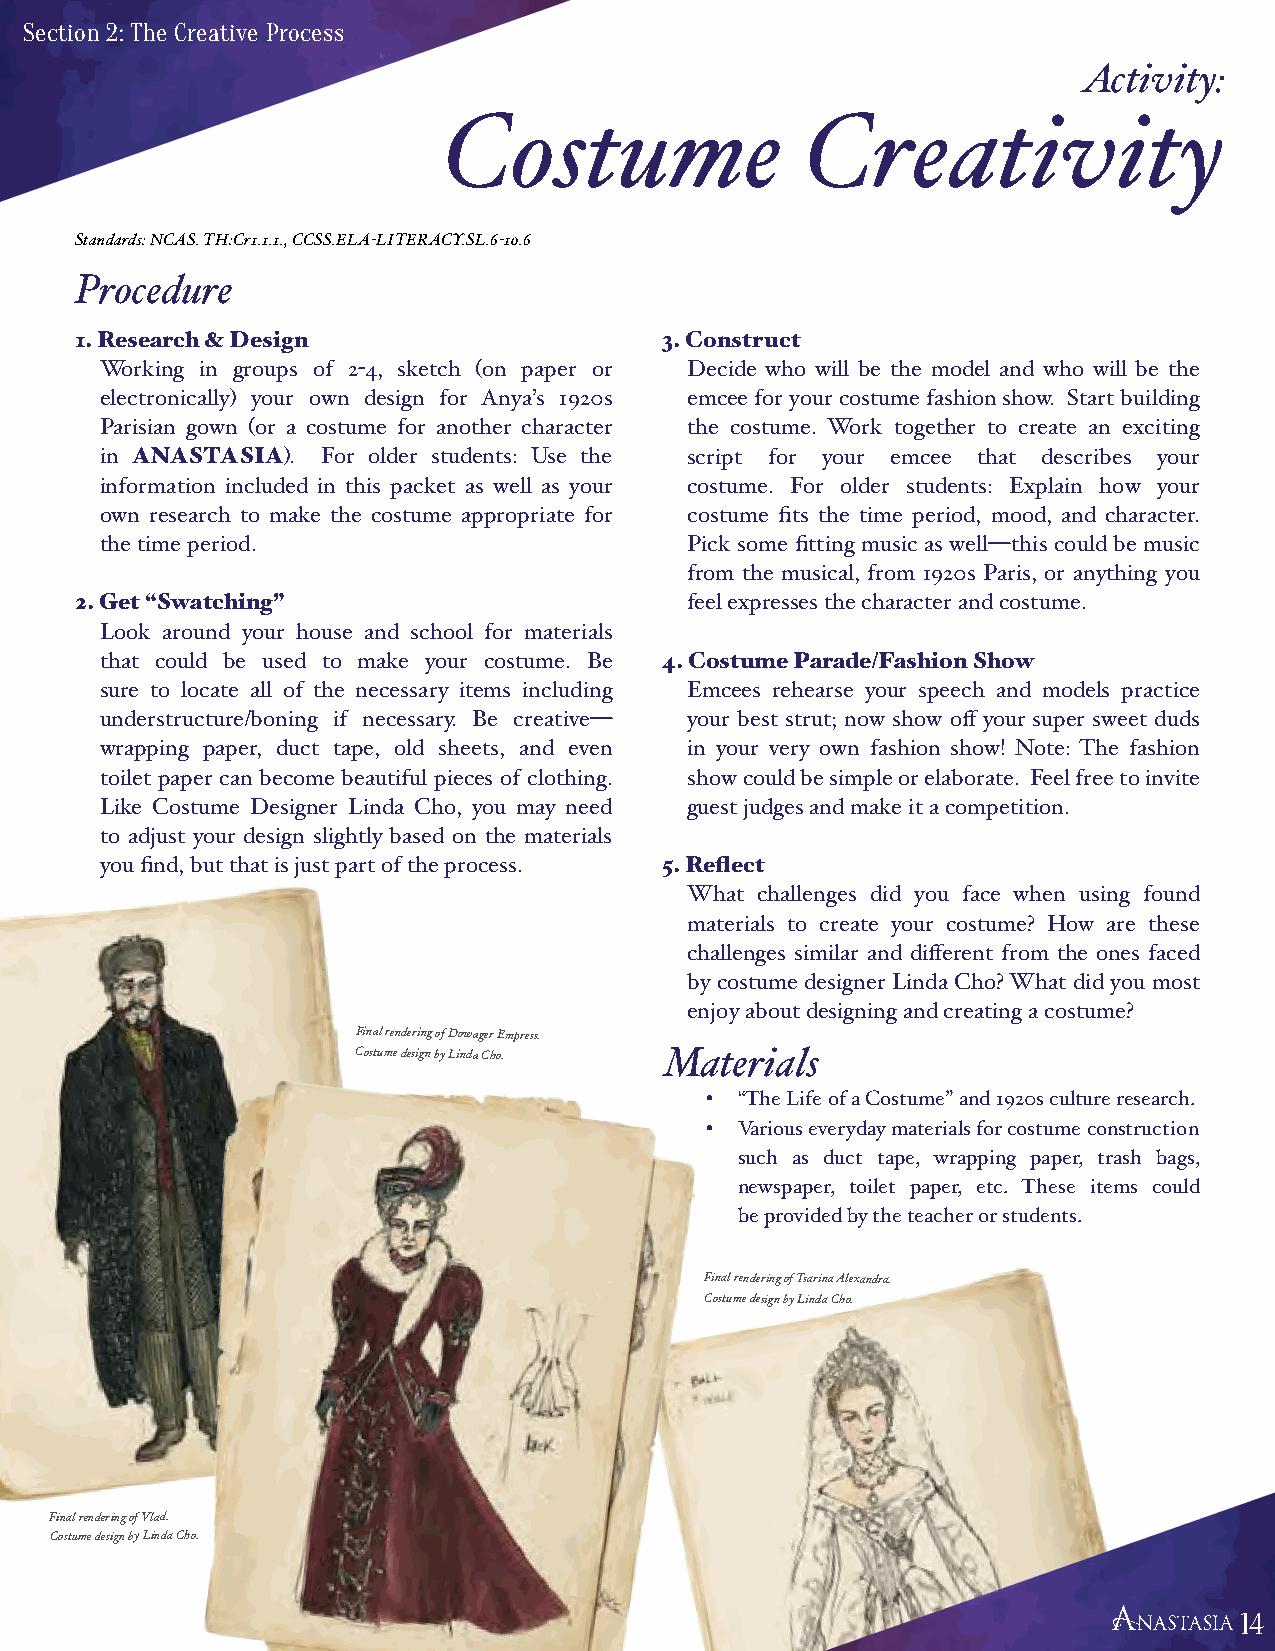
Section 2: The Creative Process
 Activity:
 Costume                 Creativity
 Standards: NCAS. TH:Cr1.1.1., CCSS.ELA-LITERACY.SL.6-10.6
 Procedure
 1. Research & Design                   3. Construct
 Working in groups of 2-4, sketch (on paper or Decide who will be the model and who will be the
 electronically) your own design for Anya’s 1920s emcee for your costume fashion show. Start building
 Parisian gown (or a costume for another character the costume. Work together to create an exciting
 in ANASTASIA). For older students: Use the script for your emcee that describes your
 information included in this packet as well as your costume. For older students: Explain how your
 own research to make the costume appropriate for costume fits the time period, mood, and character.
 the time period.                       Pick some fitting music as well—this could be music
 from the musical, from 1920s Paris, or anything you
 2. Get “Swatching”                       feel expresses the character and costume.
 Look around your house and school for materials
 that could be used to make your costume. Be 4. Costume Parade/Fashion Show
 sure to locate all of the necessary items including Emcees rehearse your speech and models practice
 understructure/boning if necessary. Be creative— your best strut; now show off your super sweet duds
 wrapping paper, duct tape, old sheets, and even in your very own fashion show! Note: The fashion
 toilet paper can become beautiful pieces of clothing. show could be simple or elaborate. Feel free to invite
 Like Costume Designer Linda Cho, you may need guest judges and make it a competition.
 to adjust your design slightly based on the materials
 you find, but that is just part of the process. 5. Reflect
 What challenges did you face when using found
 materials to create your costume? How are these
 challenges similar and different from the ones faced
 by costume designer Linda Cho? What did you most
 enjoy about designing and creating a costume?
 Final rendering of Dowager Empress.
 Costume design by Linda Cho. Materials
 • “The Life of a Costume” and 1920s culture research.
 • Various everyday materials for costume construction
 such as duct tape, wrapping paper, trash bags,
 newspaper, toilet paper, etc. These items could
 be provided by the teacher or students.
 Final rendering of Tsarina Alexandra.
 Costume design by Linda Cho.
 Final rendering of Vlad.
 Costume design by Linda Cho.
 14